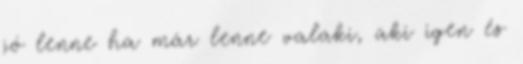
jó lenne ha már lenne valaki, aki igen és